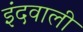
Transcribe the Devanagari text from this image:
इंदवाली